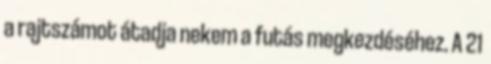
a rajtszámot átadja nekem a futás megkezdéséhez. A 21